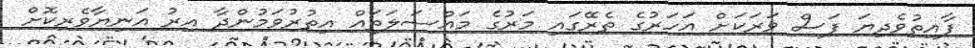
ފާއިތުވެދިޔަ ފަސް ވަރަކަށް އަހަރުގެ ތެރޭގައި މަރުގެ މައްސަލަތައް އިތުރުވަމުންދާ އިރު އަނިޔާވެރިކޮށް